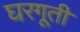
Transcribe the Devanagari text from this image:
घरगूती